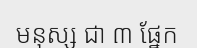
មនុស្ស ជា ៣ ផ្នែក